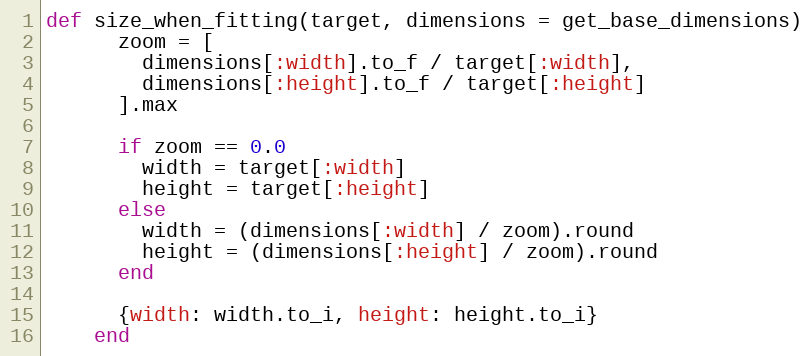
Language: Ruby
def size_when_fitting(target, dimensions = get_base_dimensions)
      zoom = [
        dimensions[:width].to_f / target[:width],
        dimensions[:height].to_f / target[:height]
      ].max

      if zoom == 0.0
        width = target[:width]
        height = target[:height]
      else
        width = (dimensions[:width] / zoom).round
        height = (dimensions[:height] / zoom).round
      end

      {width: width.to_i, height: height.to_i}
    end